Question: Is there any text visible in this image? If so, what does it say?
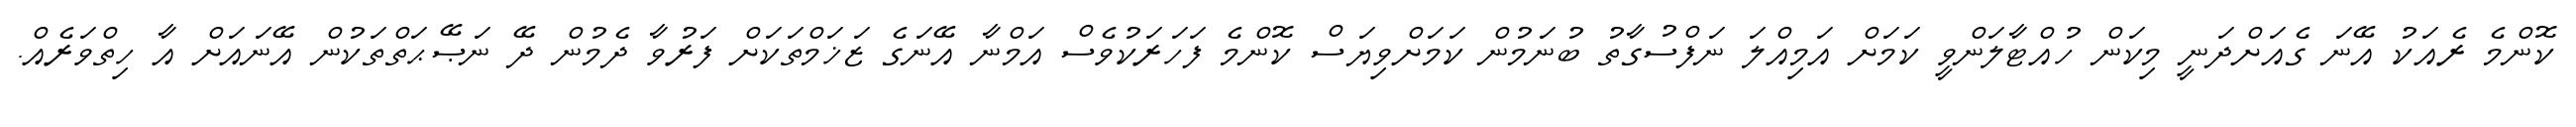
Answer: ކޮންމެ ރެއަކު އޭނަ ގެއަށްދަނީ މިކަން ހުއްޓާލަންވީ ކަމަށް އަމިއްލަ ނަފްސުގާތު ބުނަމުން ކަމަށްވިޔަސް ކޮންމެ ފަހަރަކުވެސް އަމްނާ އޭނަގެ ޒަޚަމްތަކަށް ފަރުވާ ދެމުން ދޭ ނަޞޭޙަތްތަކުން އޭނައަށް އާ ހިތްވަރެއް.